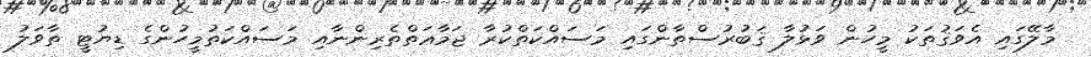
މާލޭގައި އެވަޤުތަކު މީހުން ވަޅުލާ ޤަބުރުސްތާންގައި މަސައްކަތްކުރާ ޖަމާޢަތްތެރިންނާއި މަސައްކަތުމީހުންގެ ޑިޔުޓީ ތާވަލު